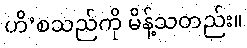
ဟိ’စသည်ကို မိန့်သတည်း။